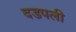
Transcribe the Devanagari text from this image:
दडपली